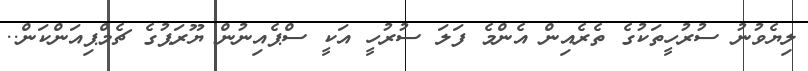
ލިޔެވުނު ސުރުހީތަކުގެ ތެރެއިން އެންމެ ފަލަ ސުރުހީ އަކީ ސްޕެއިނުން ޔޫރަޕުގެ ޗެމްޕިއަންކަން..